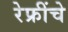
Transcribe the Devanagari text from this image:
रेफ्रींचे